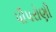
પીપરોણી